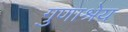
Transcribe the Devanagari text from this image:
गुणाश्रेय